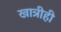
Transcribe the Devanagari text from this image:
खात्रीही